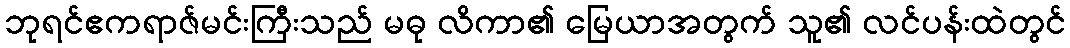
ဘုရင်ဧကရာဇ်မင်းကြီးသည် မဓု လိကာ၏ မြေယာအတွက် သူ၏ လင်ပန်းထဲတွင်